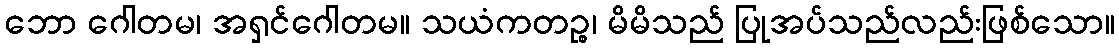
ဘော ဂေါတမ၊ အရှင်ဂေါတမ။ သယံကတဉ္စ၊ မိမိသည် ပြုအပ်သည်လည်းဖြစ်သော။